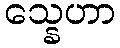
သ္နေဟာ